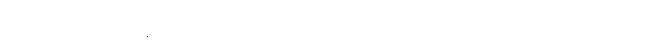
အခုလို တူညီနေတာကြောင့်လည်း အရင်က ကမိုအို အာလဗာဟာ လရဲ့